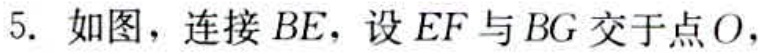
5. 如图，连接 \(BE\)，设 \(EF\) 与 \(BG\) 交于点 \(O\)，